Trukikaitis_Postimees, lk 4
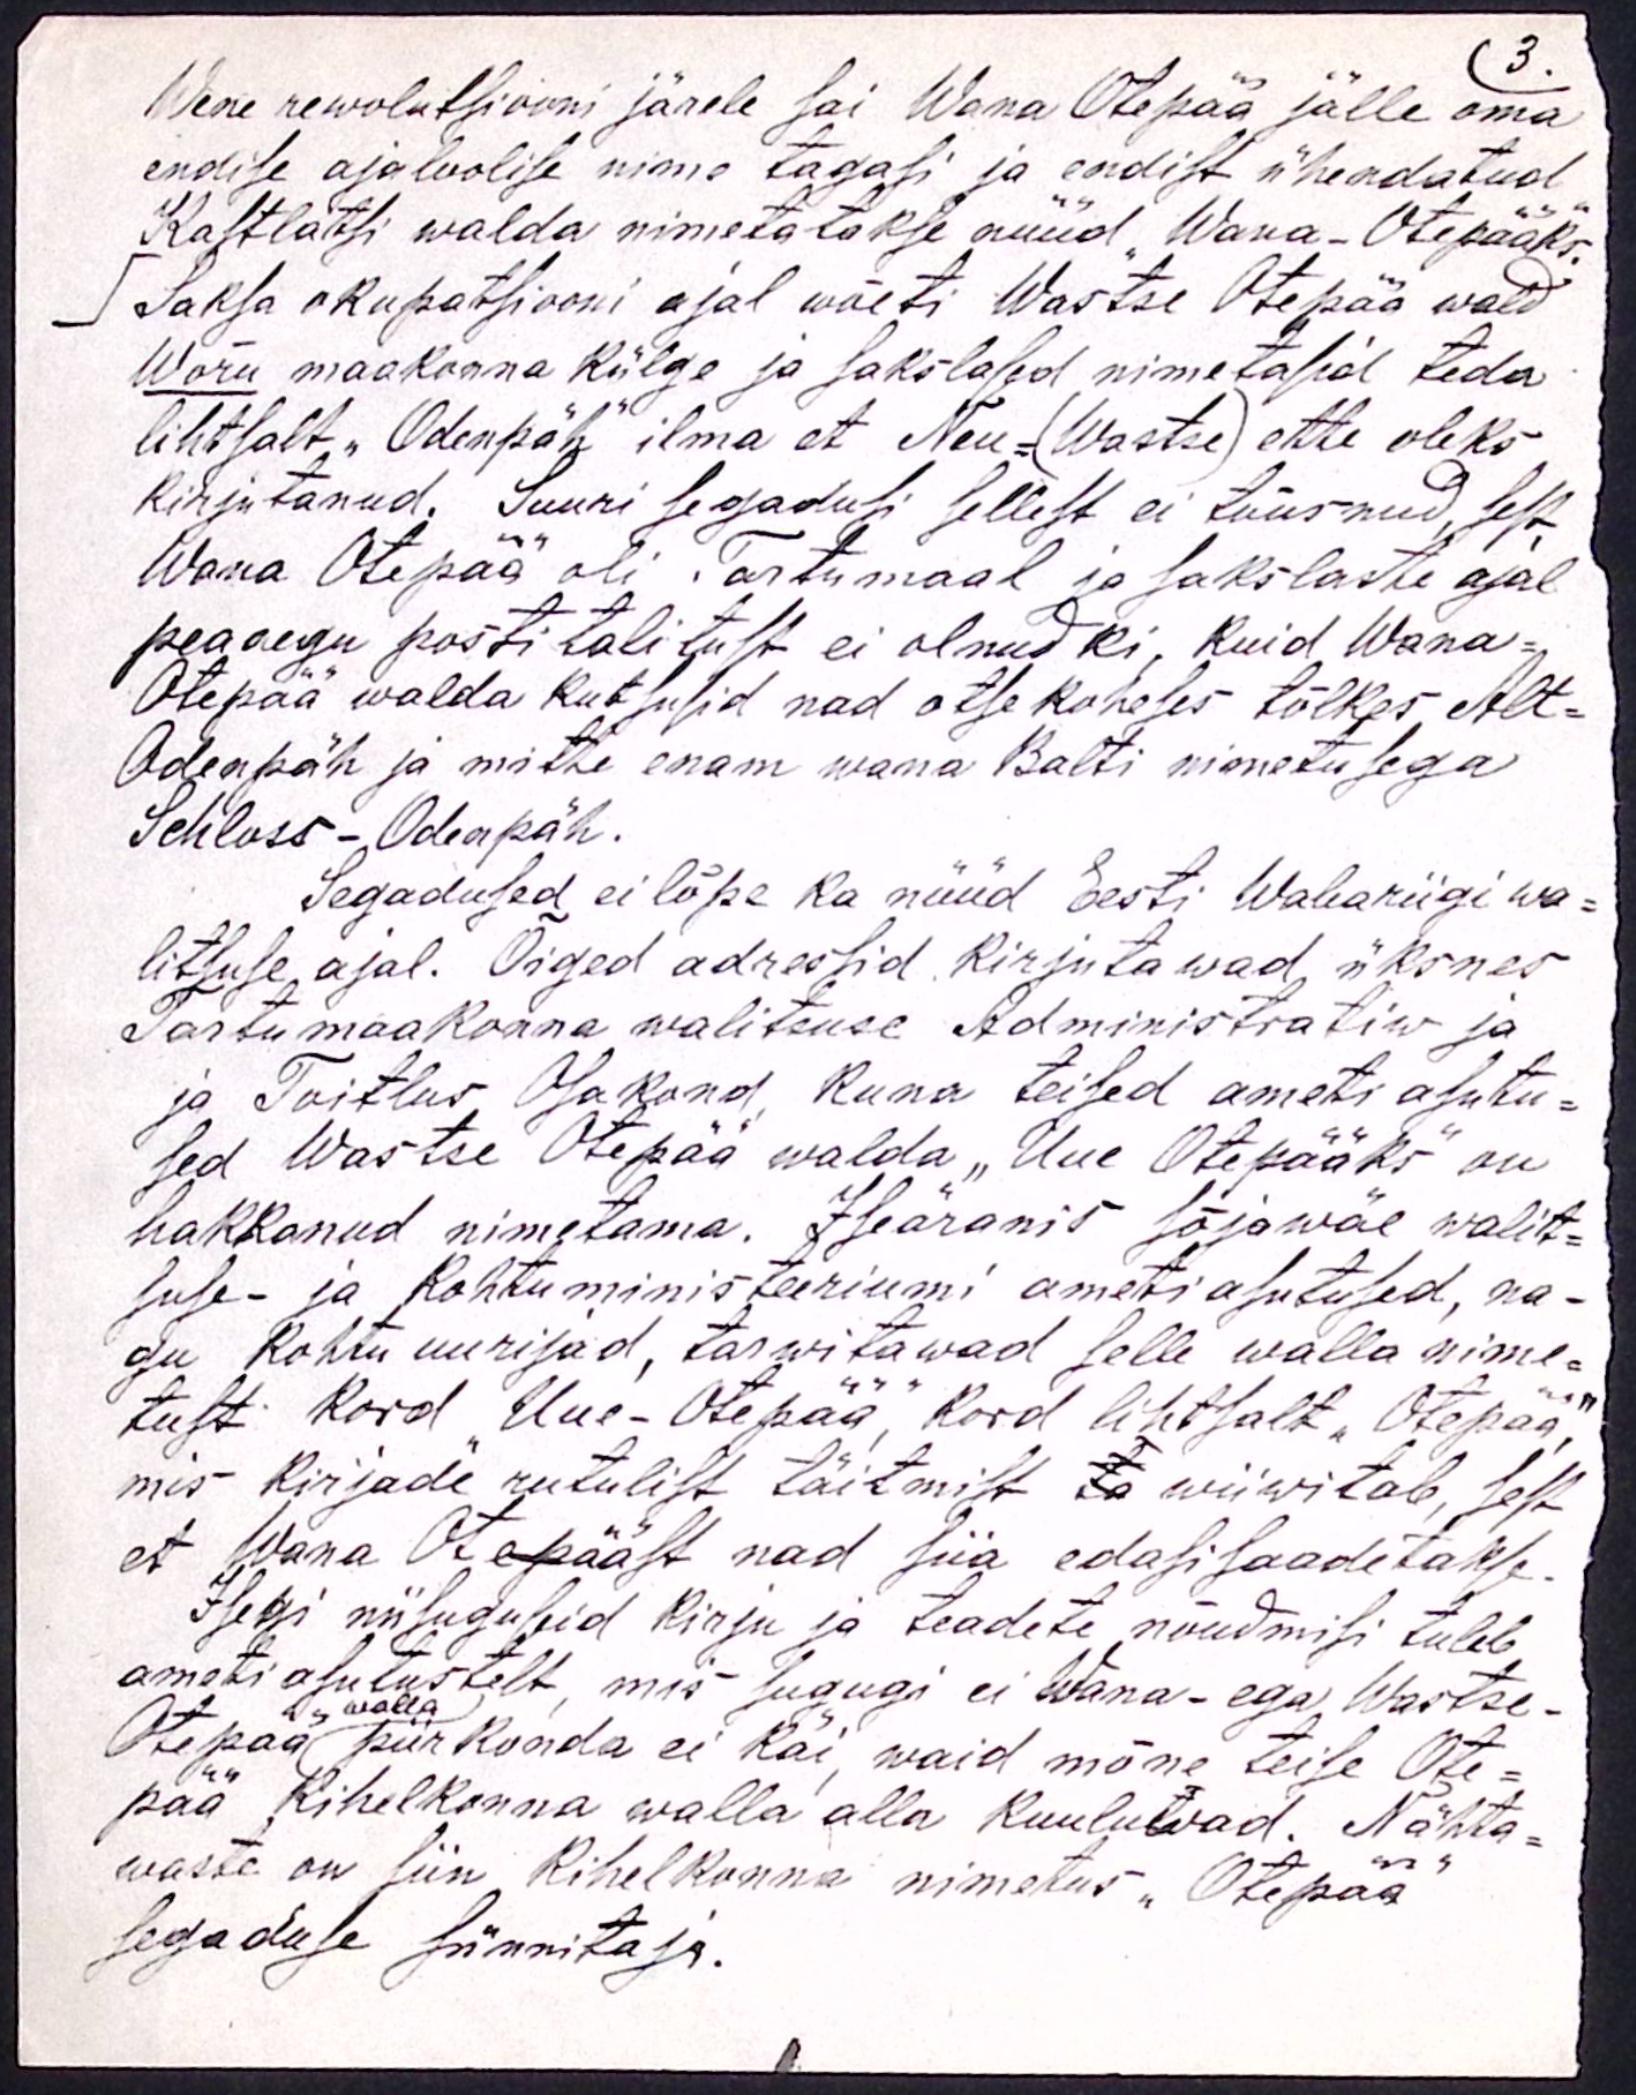
3.
Wene rewolutsiooni järele sai Wana Otepää jälle oma
endise ajaloolise nime tagasi ja endist ühendatud
Kastlatsi walda nimetatakse nüüd "Wana-Otepääks".
Saksa okupatsiooni ajal wõeti Wastse Otepää wald
Wõru maakonna külge ja sakslased nimetasid teda
lihtsalt "Odenpäh" ilma et Neu-(Wastse) ette oleks
kirjutanud. Suuri segadusi sellest ei tõusnud, sest
Wana Otepää oli Tartumaal ja sakslaste ajal
peaaegu posti talitust ei olnudki, kuid Wana-
Otepää walda kutsusid nad otsekoheses tõlkes, Alt-
Odenpäh ja mitte enam wana Balti nimetusega
Schloss - Odenpäh.
Segadused ei lõpe ka nüüd Eesti Wabariigi wa-
litsuse ajal. Õiged adressid kirjutawad üksnes
Tartu maakonna walitsuse Administratiw ja
ja Toitlus Osakond, kuna teised ameti asutu-
sed Wastse Otepää walda "Uue Otepääks" on
hakkanud nimetama. Iseäranis sõjawäe walit-
suse- ja Kohtuministeeriumi ameti asutused, na-
gu kohtu uurijad, tarwitawad selle walla nime-
tust Kord "Uue-Otepää", Kord lihtsalt "Otepää",
mis kirjade rutulist täitmist wiiwitab, sest
et Wana Otepääst nad siia edasi saadetakse.
Isegi niisuguseid kirju ja teadete nõudmisi tuleb
ameti asutustelt, mis sugugi ei Wana- ega Wastse-
Otepää piirkonda ei käi, waid mõne teise Ote-
pää Kihelkonna walla alla kuuluwad. Nähta-
waste on siin Kihelkonna nimetus "Otepää"
segaduse sünnitaja.